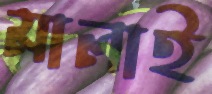
মালাই